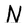
Character: N